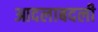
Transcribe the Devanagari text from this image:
आदलाबदली